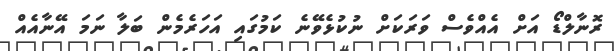
ރޮނާލްޑޯ އަށް އެއްވެސް ވަރަކަށް ނުކުޅެވޭނެ ކަމުގައި އަހަރެމެން ބަލާ ނަމަ އޭނާއެއް